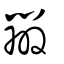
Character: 辨